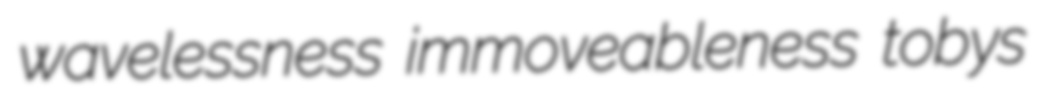
wavelessness immoveableness tobys